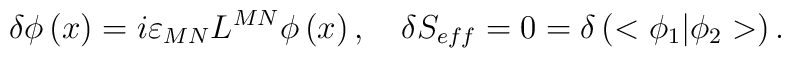
\delta \phi \left( x\right) =i\varepsilon _{MN}L^{MN}\phi \left( x\right),\quad \delta S_{eff}=0=\delta \left( <\phi _1|\phi _2>\right) .